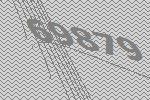
69879